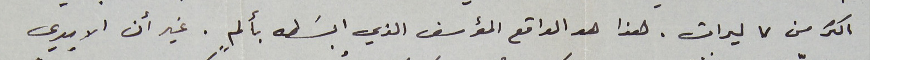
اكثر من ٧ ليرات. هذا هو الواقع المؤسف الذي ابسَطه بألمٍ. غير أن الايدي